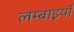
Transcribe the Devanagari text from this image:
लम्बाइयाँ